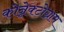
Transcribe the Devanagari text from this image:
कोन्नेक्टोग्राम